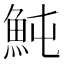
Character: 魨